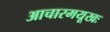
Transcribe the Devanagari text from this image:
आचारमयूखः